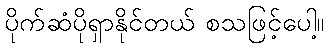
ပိုက်ဆံပိုရှာနိုင်တယ် စသဖြင့်ပေါ့။